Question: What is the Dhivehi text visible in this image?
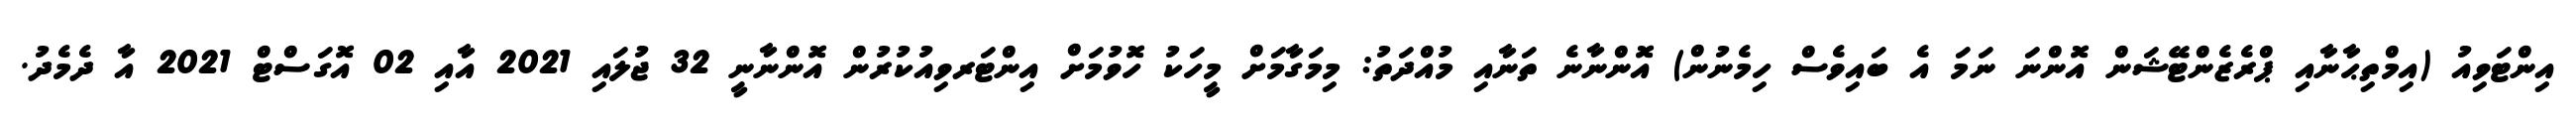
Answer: އިންޓަވިއު (އިމްތިޙާނާއި ޕްރެޒެންޓޭޝަން އޮންނަ ނަމަ އެ ބައިވެސް ހިމެނުން) އޮންނާނެ ތަނާއި މުއްދަތު: މިމަގާމަށް މީހަކު ހޮވުމަށް އިންޓަރވިއުކުރުން އޮންނާނީ 32 ޖުލައި 2021 އާއި 02 އޮގަސްޓް 2021 އާ ދެމެދު.